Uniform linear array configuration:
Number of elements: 32
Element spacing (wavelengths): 0.25
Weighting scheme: exponential
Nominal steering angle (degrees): -60
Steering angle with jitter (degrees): -59.957
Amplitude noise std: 0.05
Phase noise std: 0.05

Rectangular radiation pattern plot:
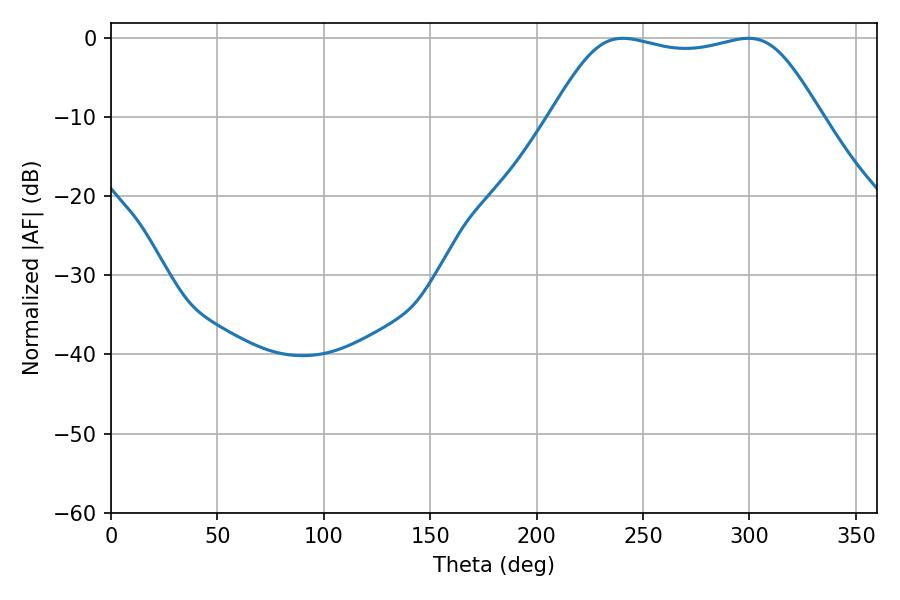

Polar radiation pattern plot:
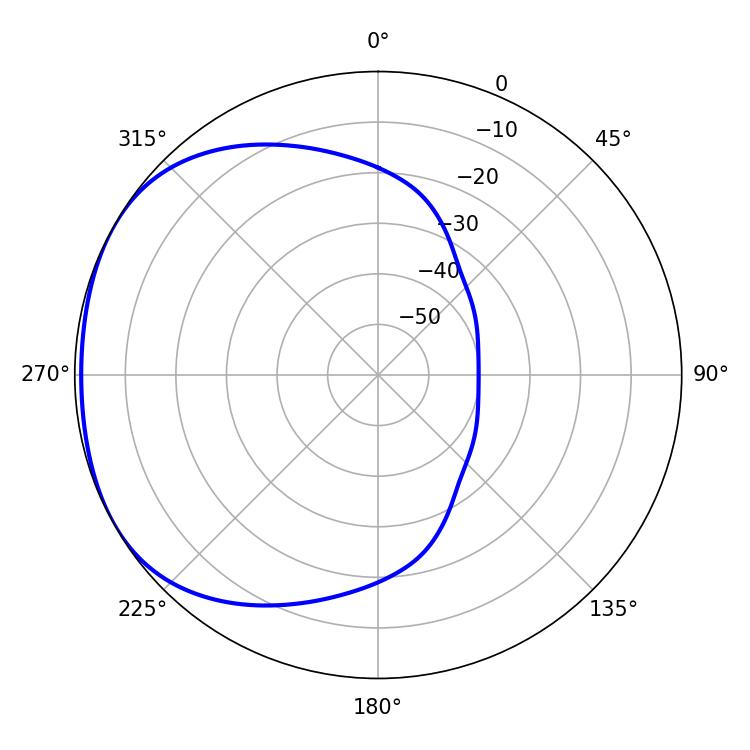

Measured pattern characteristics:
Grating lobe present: FALSE
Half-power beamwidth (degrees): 96.12
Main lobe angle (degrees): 299.52